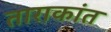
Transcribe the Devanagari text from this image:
ताराकांत